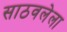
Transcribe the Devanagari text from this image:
साठवलेला